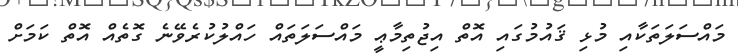
މައްސަލަތަކާއި މުޅި ޤައުމުގައި އޮތް އިޖުތިމާޢީ މައްސަލަތައް ހައްލުކުރެވޭނެ ގޮތެއް އޮތް ކަމަށް